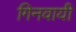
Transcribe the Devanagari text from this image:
गिनवायी